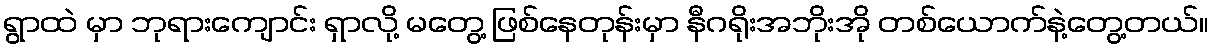
ရွာထဲ မှာ ဘုရားကျောင်း ရှာလို့ မတွေ့ ဖြစ်နေတုန်းမှာ နီဂရိုးအဘိုးအို တစ်ယောက်နဲ့တွေ့တယ်။